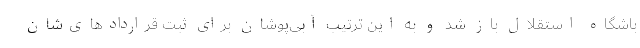
باشگاه استقلال باز شد و به این ترتیب آبی‌پوشان برای ثبت قراردادهای‌شان